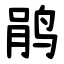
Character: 鹃